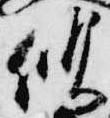
傾